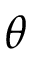
\theta